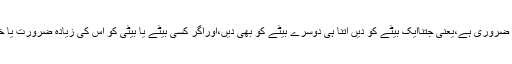
البتہ اگر اپنی خوشی سے اپنی اولاد کے درمیان تقسیم کریں تو تمام اولاد کے درمیان برابری کرنا ضروری ہے،یعنی جتناایک بیٹے کو دیں اتنا ہی دوسرے بیٹے کو بھی دیں،اوراگر کسی بیٹے یا بیٹی کو اس کی زیادہ ضرورت یا خدمت گزاری کی وجہ سے زیادہ دیں تو یہ بھی جائز ہے، خواہ وہ ملک میں رہتا ہو یا بیرون ملک۔